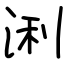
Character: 浰